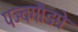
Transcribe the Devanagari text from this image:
पञ्चगौडमे